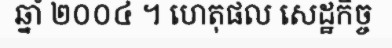
ឆ្នាំ ២០០៤ ។ ហេតុផល សេដ្ឋកិច្ច